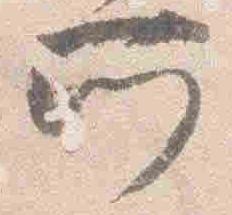
所